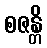
စဇန္တိ